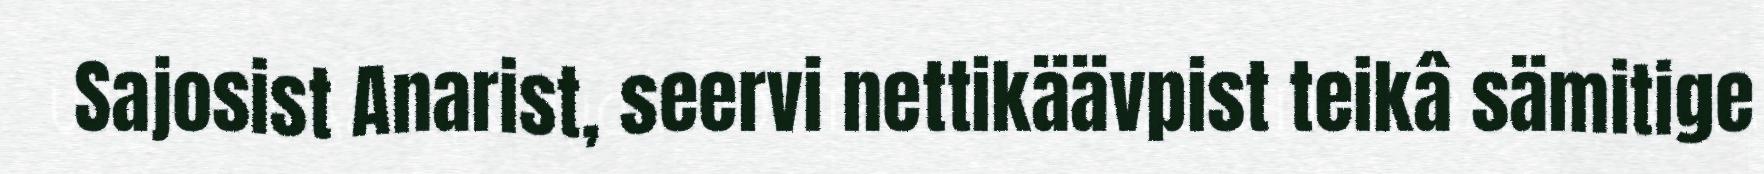
Sajosist Anarist, seervi nettikäävpist teikâ sämitige